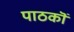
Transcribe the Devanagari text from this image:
पाठकॊं